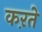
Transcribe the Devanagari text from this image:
कऱते